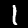
Digit: 1